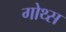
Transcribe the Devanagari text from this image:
गोथ्स